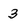
Character: 3